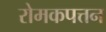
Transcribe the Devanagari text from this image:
रोमकपत्तन